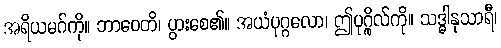
အရိယမဂ်ကို။ ဘာဝေတိ၊ ပွားစေ၏။ အယံပုဂ္ဂလော၊ ဤပုဂ္ဂိုလ်ကို။ သဒ္ဓါနုသာရီ၊